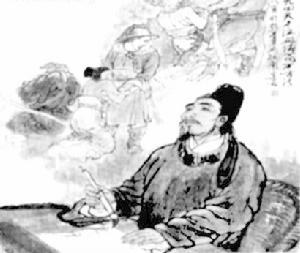
湖水无端浸白云，故人书断孤鸿没。